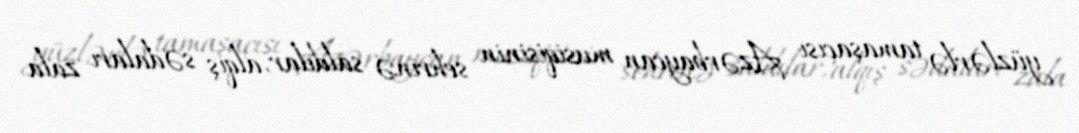
yüzlərlə tamaşaçısı Azərbaycan musiqisinin sehrinə saldılar, alqış sədaları zala